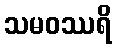
သမဝဿရိ